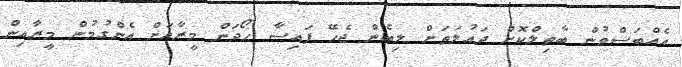
އެއްބަސްވުން ބާތިލްކޮށް ދައުލަތަށް ލިބެން ޖެހޭ ފައިސާ ހޯދަން މީރާއަށް އެންގުމުން މީރާއިން